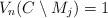
LaTeX: \begin{align*}V_n(C\setminus M_j) =1\end{align*}